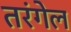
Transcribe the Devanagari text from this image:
तरंगेल